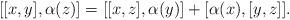
LaTeX: \begin{align*}[[x, y],\alpha(z)]= [[x, z], \alpha(y)] + [\alpha(x), [y,z]].\end{align*}